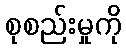
စုစည်းမှုကို